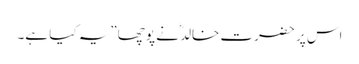
اس پر حضرت خالدؓ نے پوچھا”یہ کیا ہے۔